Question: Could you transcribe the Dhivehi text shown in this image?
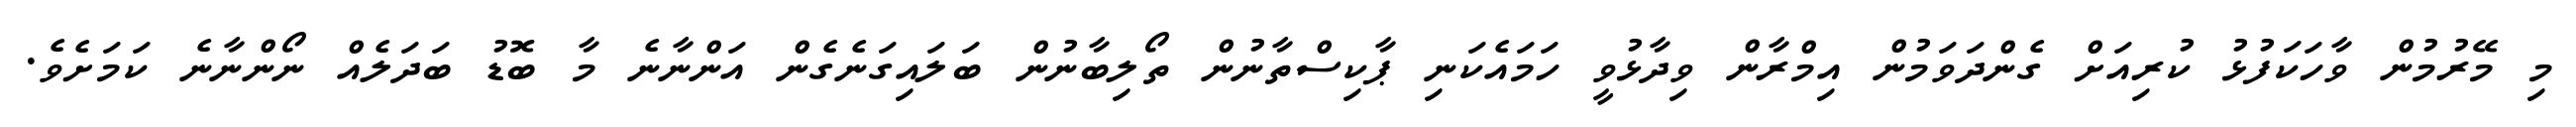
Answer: މި މޭރުމުން ވާހަކަފުޅު ކުރިއަށް ގެންދަވަމުން އިމްރާން ވިދާޅުވީ ހަމައެކަނި ޕާކިސްތާނުން ތޯލިބާނުން ބަލައިގަނެގެން އަންނާނެ މާ ބޮޑު ބަދަލެއް ނޯންނާނެ ކަމަށެވެ.